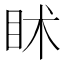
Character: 𥄵